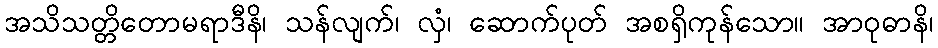
အသိသတ္တိတောမရာဒီနိ၊ သန်လျက်၊ လှံ၊ ဆောက်ပုတ် အစရှိကုန်သော။ အာဝုဓာနိ၊